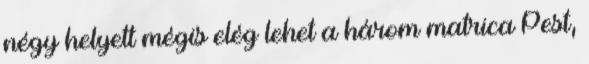
négy helyett mégis elég lehet a három matrica Pest,